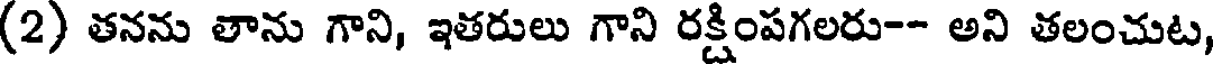
(2) తనను తాను గాని, ఇతరులు గాని రక్షింపగలరు-- అని తలంచుట,